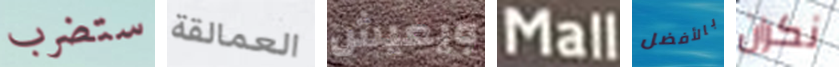
ستضرب العمالقة ويعيش Mall بالأفضل نكران